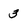
Character: 3